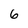
Character: 6